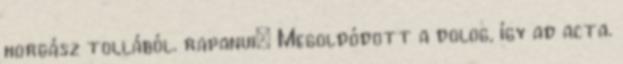
horgász tollából. rapanui: Megoldódott a dolog, így ad acta.